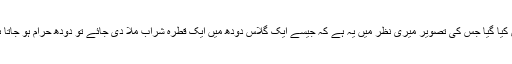
مگر وقت گزرنے کے ساتھ ساتھ کرنٹ اکاؤنٹ میں بھی سود کی آمیزش کو محسوس کیا گیا جس کی تصویر میری نظر میں یہ ہے کہ جیسے ایک گلاس دودھ میں ایک قطرہ شراب ملا دی جائے تو دودھ حرام ہو جاتا ہے اور اگر ایک قطرہ شراب میں سیروں دودھ بھی ملا دیا جائے وہ حرام ہی رہے گا۔